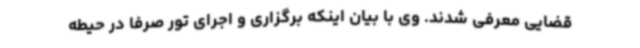
قضایی معرفی شدند. وی با بیان اینکه برگزاری و اجرای تور صرفا در حیطه